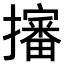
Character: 𢸙